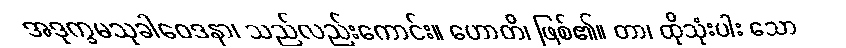
အဒုက္ခမသုခါဝေဒနာ၊ သည်လည်းကောင်း။ ဟောတိ၊ ဖြစ်၏။ တာ၊ ထိုသုံးပါး သော